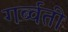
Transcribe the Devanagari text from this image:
गर्ब्वती